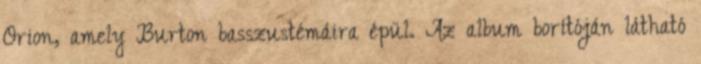
Orion, amely Burton basszustémáira épül. Az album borítóján látható